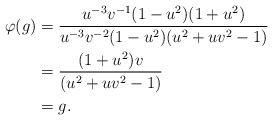
\begin{align*} \varphi(g) &= \frac{u^{-3}v^{-1}(1-u^2)(1+u^2)}{u^{-3}v^{-2}(1-u^2)(u^2 + uv^2 - 1)}\\&= \frac{(1+u^2)v}{(u^2 + uv^2 - 1)}\\&= g.\end{align*}